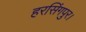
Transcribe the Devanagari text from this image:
हरसिंगपुर।